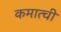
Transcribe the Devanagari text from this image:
कमात्ची